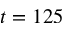
t = 1 2 5